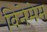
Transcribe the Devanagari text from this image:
विनेमेम